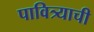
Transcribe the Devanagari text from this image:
पावित्र्याची